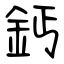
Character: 鈣